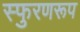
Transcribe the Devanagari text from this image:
स्फुरणरूप